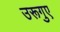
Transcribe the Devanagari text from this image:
उरूगुए